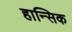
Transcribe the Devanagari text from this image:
हान्सिक